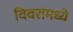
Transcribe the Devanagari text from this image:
विवरांमध्ये